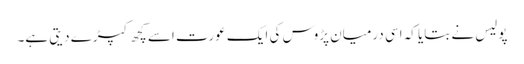
پولیس نے بتایا کہ اسی درمیان پڑوس کی ایک عورت اسے کچھ کپڑے دیتی ہے۔